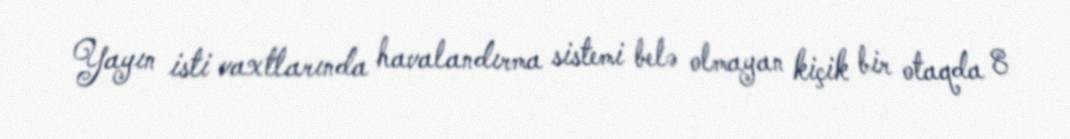
Yayın isti vaxtlarında havalandırma sistemi belə olmayan kiçik bir otaqda 8